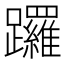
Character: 𨇽